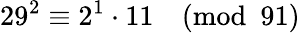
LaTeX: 29^{2}\equiv 2^{1}\cdot 11{\pmod{91}}